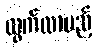
ထွက်လာမည့်